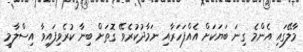
މާލޭގައި އެންމެ ގިނަ ބަޔަކަށް އެއްފަހަރާއި ނަމާދުކުރެވޭ ގޮތަށް ބިނާ ކުރެވިފައިވާ އިސްލާމީ